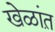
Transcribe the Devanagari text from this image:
खेळांत़